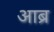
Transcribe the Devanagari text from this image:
आब्र